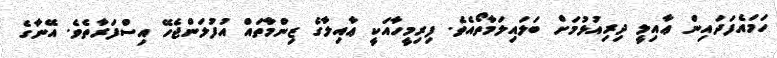
ހަމައެފަދައިން ޢާއިލީ ދިރިއުޅުމަށް ބަލައިލަމާތޯއެވެ. ފިރިމީހާއަކީ ޢާއިލާގެ ޒިންމާތައް އުފުލަންޖެހޭ އިސްފަރާތެވެ. އޭނާގެ